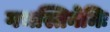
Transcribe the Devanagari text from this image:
गभस्तिनेमिः